Report on vaccination proceedings throughout the Government of Bengal -
Year: 1868
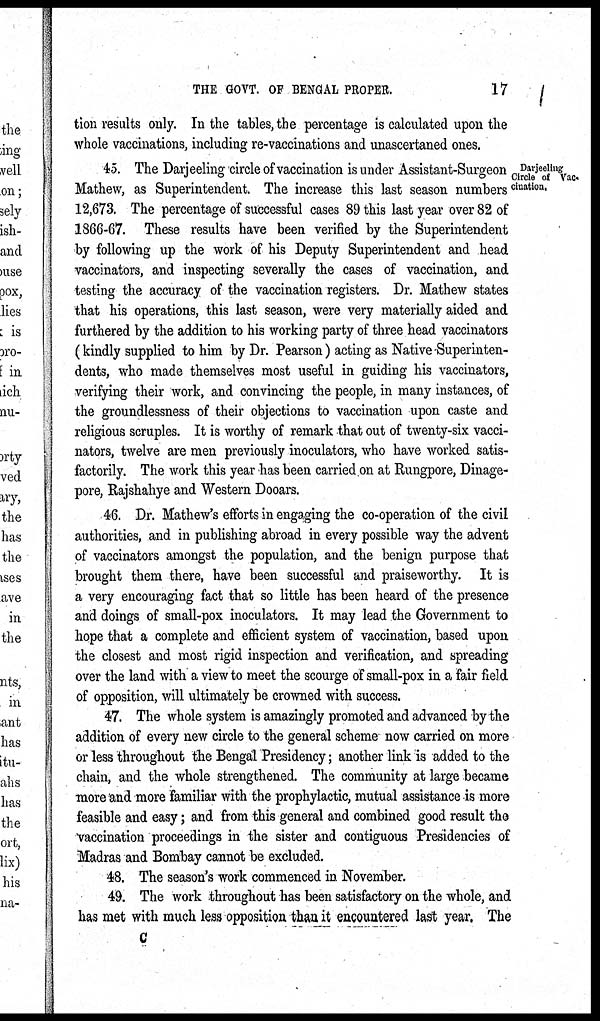
THE GOVT. OF BENGAL PROPER.
17
tion results only. In the tables, the percentage is calculated upon the
whole vaccinations, including re-vaccinations and unascertaned ones.
Darjeeling
Circle of Vac¬
cination.
45. The Darjeeling circle of vaccination is under Assistant-Surgeon
Mathew, as Superintendent. The increase this last season numbers
12,673. The percentage of successful cases 89 this last year over 82 of
1866-67. These results have been verified by the Superintendent
by following up the work of his Deputy Superintendent and head
vaccinators, and inspecting severally the cases of vaccination, and
testing the accuracy of the vaccination registers. Dr. Mathew states
that his operations, this last season, were very materially aided and
furthered by the addition to his working party of three head vaccinators
(kindly supplied to him by Dr. Pearson) acting as Native-Superinten-
dents, who made themselves most useful in guiding his vaccinators,
verifying their work, and convincing the people, in many instances, of
the groundlessness of their objections to vaccination upon caste and
religious scruples. It is worthy of remark that out of twenty-six vacci-
nators, twelve are men previously inoculators, who have worked satis-
factorily. The work this year has been carried on at Rungpore, Dinage¬
pore, Rajshahye and Western Dooars.
46. Dr. Mathew's efforts in engaging the co-operation of the civil
authorities, and in publishing abroad in every possible way the advent
of vaccinators amongst the population, and the benign purpose that
brought them there, have been successful and praiseworthy. It is
a very encouraging fact that so little has been heard of the presence
and doings of small-pox inoculators. It may lead the Government to
hope that a complete and efficient system of vaccination, based upon
the closest and most rigid inspection and verification, and spreading
over the land with a view to meet the scourge of small-pox in a fair field
of opposition, will ultimately be crowned with success.
47. The whole system is amazingly promoted and advanced by the
addition of every new circle to the general scheme now carried on more
or less throughout the Bengal Presidency; another link is added to the
chain, and the whole strengthened. The community at large became
more and more familiar with the prophylactic, mutual assistance is more
feasible and easy; and from this general and combined good result the
vaccination proceedings in the sister and contiguous Presidencies of
Madras and Bombay cannot be excluded.
48. The season's work commenced in November.
49. The work throughout has been satisfactory on the whole, and
has met with much less opposition than it encountered last year. The
C